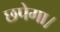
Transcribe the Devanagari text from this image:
छपेगा।